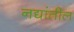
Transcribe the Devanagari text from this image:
नद्यांतील